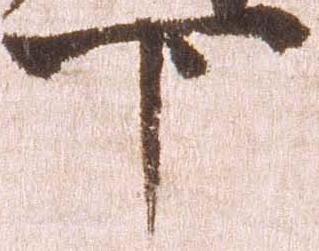
下